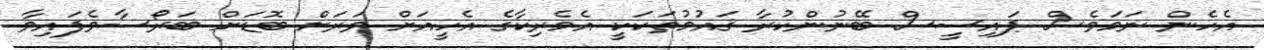
އެހެން ނަމަވެސް ޕައިސީސް ބޭނުންކުރާ ޤައުމުތަކަކީ އެމެރިކާގެ އެހީއަށް ވަރަށް ބޮޑަށް ބަރޯސާވެފައިވާ